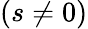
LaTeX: (s\neq 0)